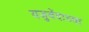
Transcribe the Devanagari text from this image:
यजुवेंदाच्या